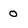
Character: O